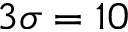
3 \sigma = 1 0